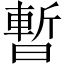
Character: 暫